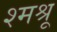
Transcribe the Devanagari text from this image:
श्मश्रू